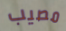
مصيب